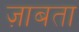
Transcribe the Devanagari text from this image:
ज़ाबता